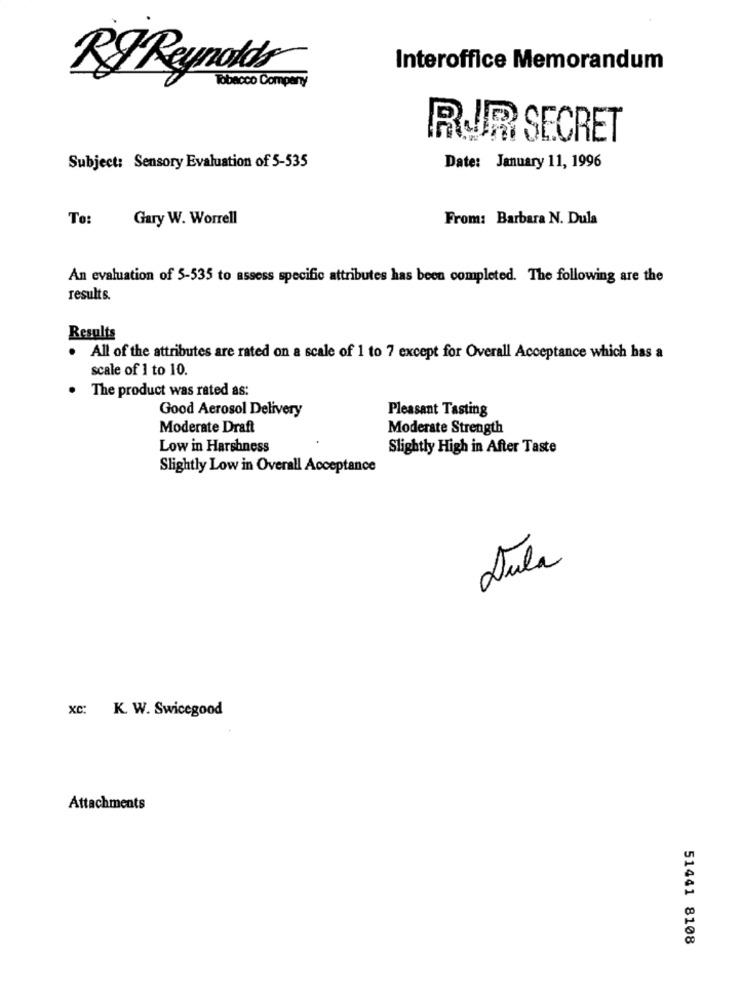
Interoffice Memorandum
RJ Reynolds
Tobacco Compery
RUR SECRET
Subject: Sensory Evaluation of 5-535
Date: January 11, 1996
To:
Gary W. Worrell
From: Barbara N. Dula
An evaluation of 5-535 to assess specific attributes has been completed. The following are the
results.
Results
All of the attributes are rated on a scale of 1 to 7 except for Overall Acceptance which has a
scale of 1 to 10.
The product was rated as:
Good Aerosol Delivery
Pleasant Tasting
Moderate Draft
Moderate Strength
Low in Harshness
Slightly High in After Taste
Slightly Low in Overall Acceptance
Aula
xc: K. W. Swicegood
Attachments
51441 8108